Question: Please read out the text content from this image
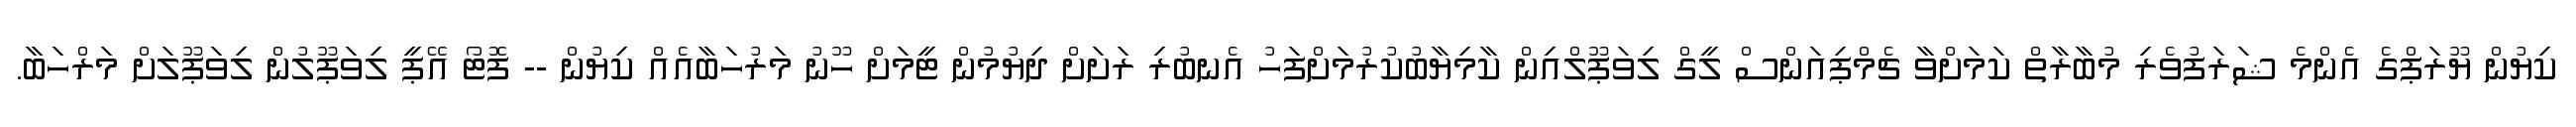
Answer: ކިޔުން ޔޫރަޕްގެ އެންމެ ޝަރަފުވެރި މުބާރާތް ކަމަށްވާ ޗެމްޕިއަންސް ލީގް ލިވަޕޫލްއިން ކާމިޔާބުކުރުމަށްފަހު އެނބުރި ރަށަށް ދިޔުމުން ޓީމަށް ހޫނު މަރުހަބާއެއް ކިޔުން -- ފޮޓޯ އޭޕީ ލިވަޕޫލުން ލިވަޕޫލަށް މަރްހަބާ.